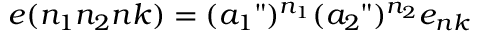
e ( n _ { 1 } n _ { 2 } n k ) = ( a _ { 1 } " ) ^ { n _ { 1 } } ( a _ { 2 } " ) ^ { n _ { 2 } } e _ { n k }